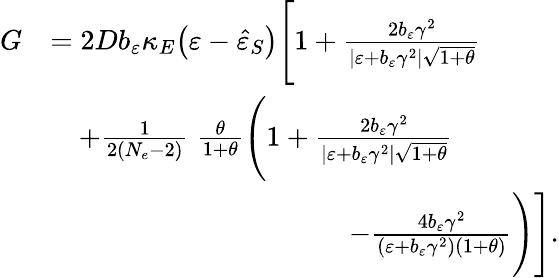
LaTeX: \begin{array}{rl}{G}&{=2Db_{\varepsilon}\kappa_{E}\big(\varepsilon-\hat{\varepsilon}_{S}\big)\Bigg[1+\frac{2b_{\varepsilon}\gamma^{2}}{\vert\varepsilon+b_{\varepsilon}\gamma^{2}\vert\sqrt{1+\theta}}}\\ &{\quad+\frac{1}{2(N_{e}-2)}\; \frac{\theta}{1+\theta}\Bigg(1+\frac{2b_{\varepsilon}\gamma^{2}}{\vert\varepsilon+b_{\varepsilon}\gamma^{2}\vert\sqrt{1+\theta}}}\\ &{\qquad\qquad\qquad\qquad\qquad\; \; -\frac{4b_{\varepsilon}\gamma^{2}}{(\varepsilon+b_{\varepsilon}\gamma^{2})(1+\theta)}\Bigg)\Bigg].}\end{array}